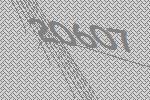
20607